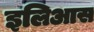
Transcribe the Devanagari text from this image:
इलिआस